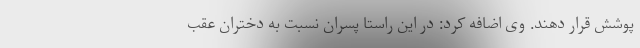
پوشش قرار دهند. وی اضافه کرد: در این راستا پسران نسبت به دختران عقب